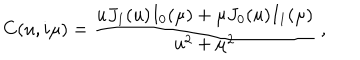
LaTeX: C ( u , i \mu ) = \frac { u J _ { 1 } ( u ) I _ { 0 } ( \mu ) + \mu J _ { 0 } ( u ) I _ { 1 } ( \mu ) } { u ^ { 2 } + \mu ^ { 2 } } \: ,